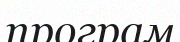
програм